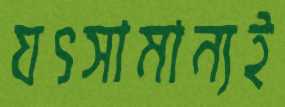
যৎসামান্যই